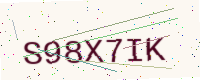
Text: S98X7IK